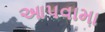
આપવામા